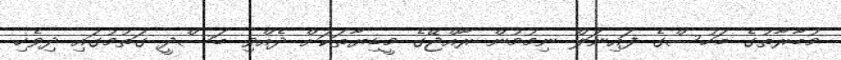
މުބާރާތުގެ ބަހުސްގެ ފައިނަލް ނިމުމުން ރާއްޖޭގެ މީޑިޔާތަކަށް ދެއްވި ބަސްދީ ގަތުމުގައި ދިވެހި